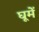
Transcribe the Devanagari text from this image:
घूमें